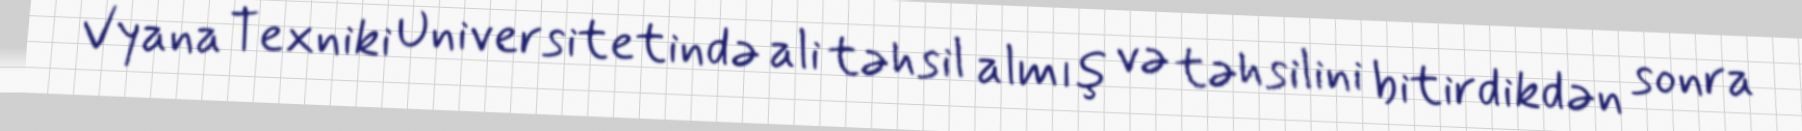
Vyana Texniki Universitetində ali təhsil almış və təhsilini bitirdikdən sonra